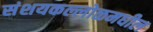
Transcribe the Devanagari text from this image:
संशयकल्लोळमधील